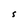
Character: S